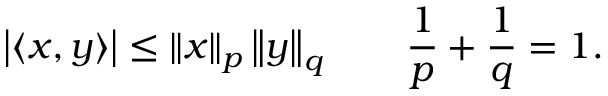
\left| \langle x , y \rangle \right| \leq \left\| x \right\| _ { p } \left\| y \right\| _ { q } \qquad { \frac { 1 } { p } } + { \frac { 1 } { q } } = 1 .